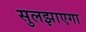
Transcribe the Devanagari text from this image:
सुलझाएगा